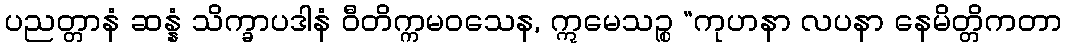
ပညတ္တာနံ ဆန္နံ သိက္ခာပဒါနံ ဝီတိက္ကမဝသေန, ဣမေသဉ္စ “ကုဟနာ လပနာ နေမိတ္တိကတာ